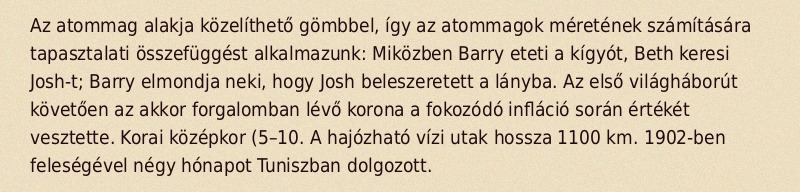
Az atommag alakja közelíthető gömbbel, így az atommagok méretének számítására tapasztalati összefüggést alkalmazunk: Miközben Barry eteti a kígyót, Beth keresi Josh-t; Barry elmondja neki, hogy Josh beleszeretett a lányba. Az első világháborút követően az akkor forgalomban lévő korona a fokozódó infláció során értékét vesztette. Korai középkor (5–10. A hajózható vízi utak hossza 1100 km. 1902-ben feleségével négy hónapot Tuniszban dolgozott.